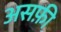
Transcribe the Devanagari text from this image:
असफ़ी